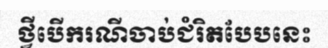
ថ្វីបើករណីចាប់ជំរិតបែបនេះ